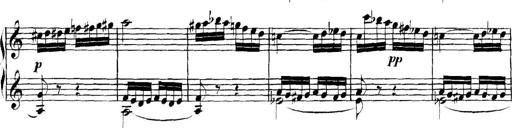
Title: Collected Piano Sonatas
Composer: Muzio Clementi